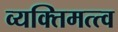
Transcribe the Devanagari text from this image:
व्यक्‍तिमत्त्व